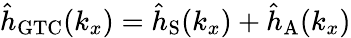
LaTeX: {\hat{h}}_{\mathrm{GTC}}(k_{x})={\hat{h}}_{\mathrm{S}}({k_{x}})+{\hat{h}}_{\mathrm{A}}({k_{x}})